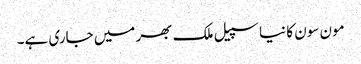
مون سون کا نیا سپیل ملک بھر میں جاری ہے۔